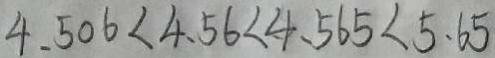
4 . 5 0 6 < 4 . 5 6 < 4 . 5 6 5 < 5 . 6 5